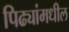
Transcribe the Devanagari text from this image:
पिढ्यांमधील